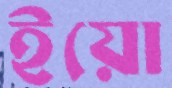
ইয়ো